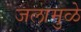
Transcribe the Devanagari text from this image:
जलामुळे